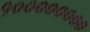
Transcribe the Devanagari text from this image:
१००००००००